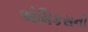
એમિકસની